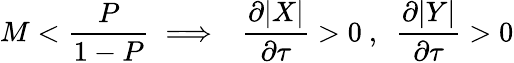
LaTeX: M<\frac{P}{1-P}\implies~~\frac{\partial|X|}{\partial\tau}>0~,~~\frac{\partial|Y|}{\partial\tau}>0